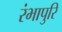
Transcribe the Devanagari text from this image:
रंभापुरि